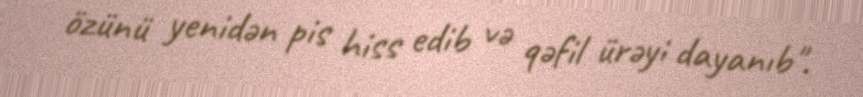
özünü yenidən pis hiss edib və qəfil ürəyi dayanıb".